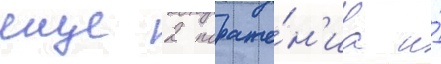
еще 2 пораже́н'иа и́